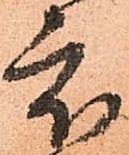
被